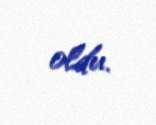
oldu.